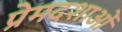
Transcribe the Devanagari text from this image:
प्रेमदशाओं